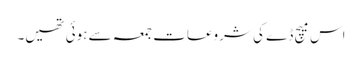
اس میچ ڈے کی شروعات جمعہ سے ہوئی تھیں۔